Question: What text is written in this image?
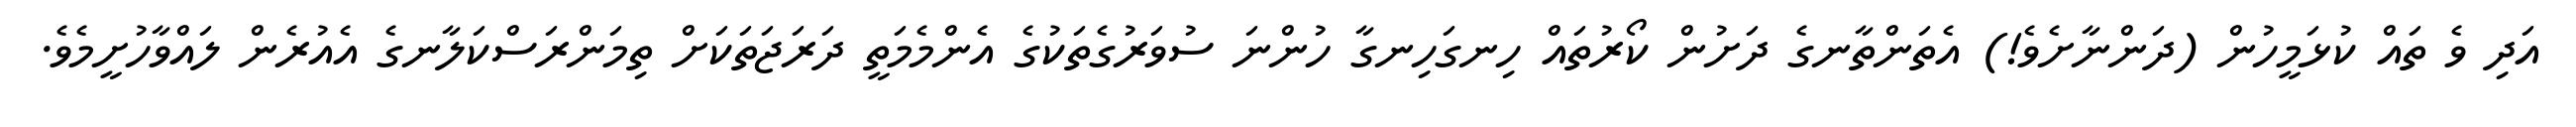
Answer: އަދި ވެ ތައް ކުޅަމީހުން (ދަންނާށެވެ!) އެތަންތާނގެ ދަށުން ކޯރުތައް ހިނގަހިނގާ ހުންނަ ސުވަރުގެތަކުގެ އެންމެމަތީ ދަރަޖަތަކަށް ތިމަންރަސްކަލާނގެ އެއުރެން ލައްވާހުށީމެވެ.